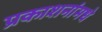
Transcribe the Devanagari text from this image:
प्रकाशनांमधे